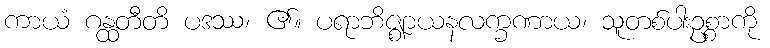
ကာယံ ဂန္ထတီတိ ပဒဿ၊ ၏။ ပရာဘိဇ္ဈာယနလက္ခဏာယ၊ သူတစ်ပါးဥစ္စာကို